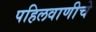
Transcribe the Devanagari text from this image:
पहिलवाणीचे